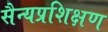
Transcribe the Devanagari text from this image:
सैन्यप्रशिक्षण